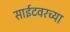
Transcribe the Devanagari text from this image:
साईटवरच्या